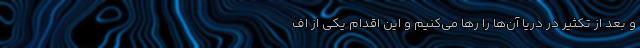
و بعد از تکثیر در دریا آن‌ها را رها می‌کنیم و این اقدام یکی از اف